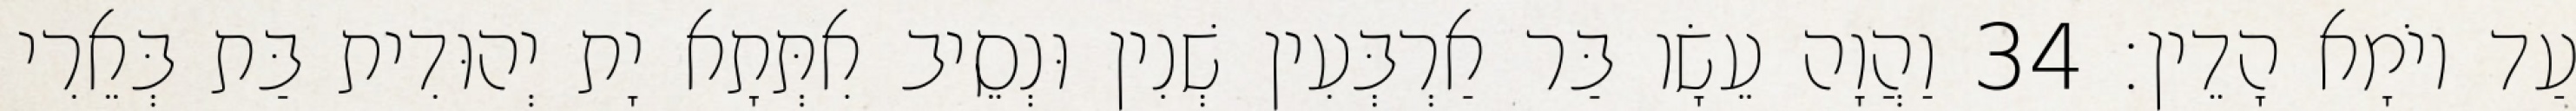
עַד יוֹמָא הָדֵין׃ 34 וַהֲוָה עֵשָׂו בַּר אַרְבְּעִין שְׁנִין וּנְסֵיב אִתְּתָא יָת יְהוּדִית בַּת בְּאֵרִי